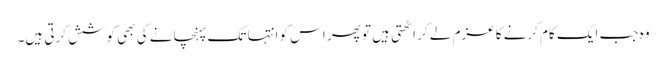
وہ جب ایک کام کرنے کا عزم لے کر اٹھتی ہیں تو پھر اس کو انتہا تک پہنچانے کی بھی کوشش کرتی ہیں۔